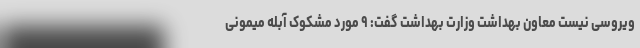
ویروسی نیست معاون بهداشت وزارت بهداشت گفت: ۹ مورد مشکوک آبله میمونی